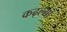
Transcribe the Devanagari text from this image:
कढ्ल्या